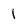
Character: 1